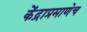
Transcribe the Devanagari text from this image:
केंद्राप्रमाणेच